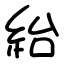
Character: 紿